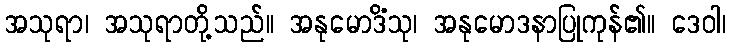
အသုရာ၊ အသုရာတို့သည်။ အနုမောဒိံသု၊ အနုမောဒနာပြုကုန်၏။ ဒေဝါ၊